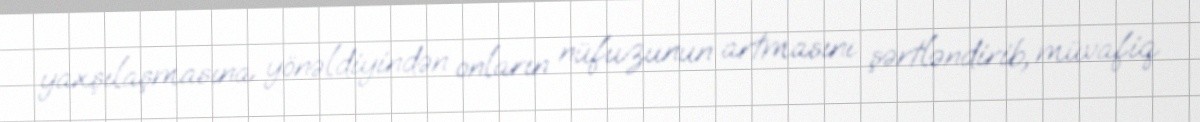
yaxşılaşmasına yönəldiyindən onların nüfuzunun artmasını şərtləndirib, müvafiq